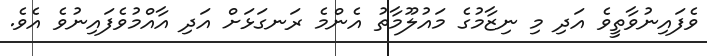
ވެފައިނުވާތީވެ އަދި މި ނިޒާމުގެ މައުލޫމާތު އެންމެ ރަނގަޅަށް އަދި އާއްމުވެފައިނުވެ އެވެ.